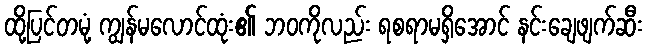
ထို့ပြင်တမုံ့ ကျွန်မလောင်ထုံး၏ ဘဝကိုလည်း ရစရာမရှိအောင် နင်းချေဖျက်ဆီး